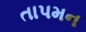
તાપમન